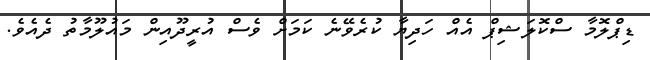
ޑިޕްލޮމާ ސްކޮލަޝިޕް އެއް ހަދިޔާ ކުރެވޭނެ ކަމަށް ވެސް އުރީދޫއިން މައުލޫމާތު ދެއެވެ.